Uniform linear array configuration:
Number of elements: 16
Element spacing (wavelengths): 0.25
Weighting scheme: blackman
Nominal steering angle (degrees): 30
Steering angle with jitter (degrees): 29.153
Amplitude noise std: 0.05
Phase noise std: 0.05

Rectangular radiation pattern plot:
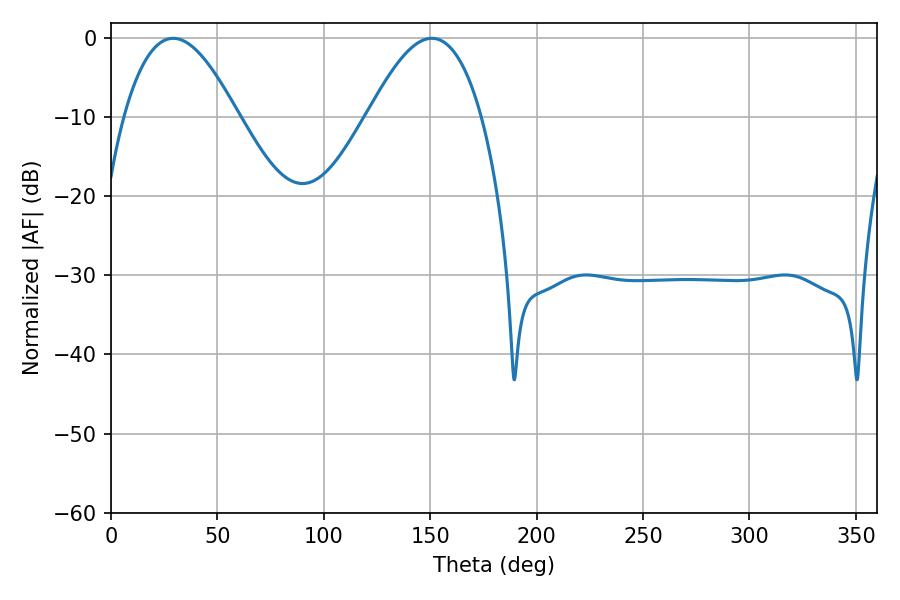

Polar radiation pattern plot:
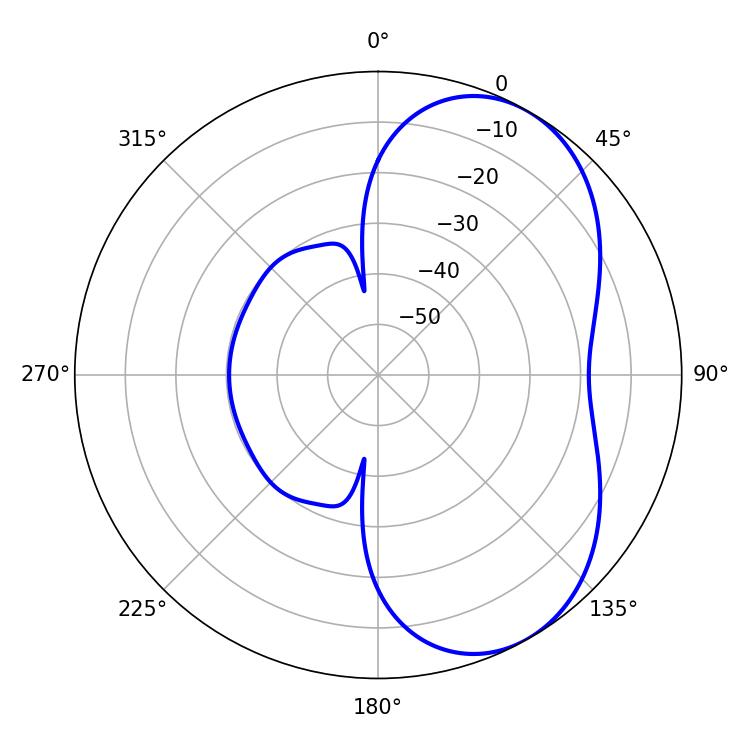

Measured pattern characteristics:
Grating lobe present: FALSE
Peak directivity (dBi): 5.397
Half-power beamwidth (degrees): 29.16
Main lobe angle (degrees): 29.16